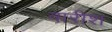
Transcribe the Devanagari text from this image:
वारीश